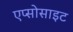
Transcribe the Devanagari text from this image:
एप्सोसाइट